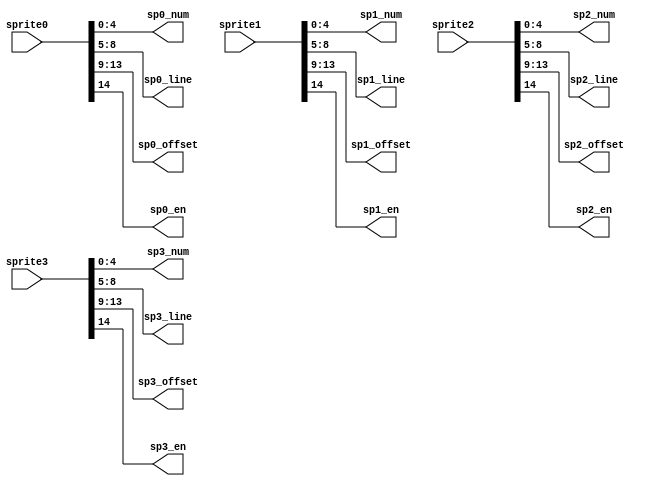
module splitter(sprite0, sprite1, sprite2, sprite3, sp0_num, sp1_num, sp2_num, sp3_num, sp0_line, sp1_line, sp2_line, sp3_line, sp0_offset, sp1_offset, sp2_offset, sp3_offset, sp0_en, sp1_en, sp2_en, sp3_en);

input [14:0] sprite0, sprite1, sprite2, sprite3;
output [4:0] sp0_num, sp1_num, sp2_num, sp3_num;
output [3:0] sp0_line, sp1_line, sp2_line, sp3_line;
output [4:0] sp0_offset, sp1_offset, sp2_offset, sp3_offset;
output sp0_en, sp1_en, sp2_en, sp3_en;

assign sp0_num = sprite0[4:0];
assign sp1_num = sprite1[4:0];
assign sp2_num = sprite2[4:0];
assign sp3_num = sprite3[4:0];

assign sp0_line = sprite0[8:5];
assign sp1_line = sprite1[8:5];
assign sp2_line = sprite2[8:5];
assign sp3_line = sprite3[8:5];

assign sp0_offset = sprite0[13:9];
assign sp1_offset = sprite1[13:9];
assign sp2_offset = sprite2[13:9];
assign sp3_offset = sprite3[13:9];

assign sp0_en = sprite0[14];
assign sp1_en = sprite1[14];
assign sp2_en = sprite2[14];
assign sp3_en = sprite3[14];

endmodule